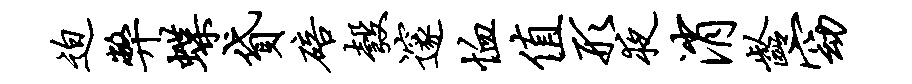
迫弊蝶贷碚彀邃恤值形夜消龄窈